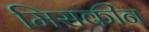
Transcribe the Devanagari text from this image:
मिसकीन